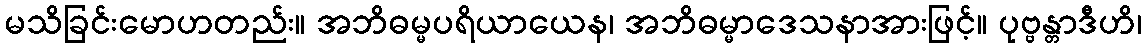
မသိခြင်းမောဟတည်း။ အဘိဓမ္မပရိယာယေန၊ အဘိဓမ္မာဒေသနာအားဖြင့်။ ပုဗ္ဗန္တာဒီဟိ၊